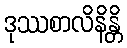
ဒုဿစာလိနိန္တိ